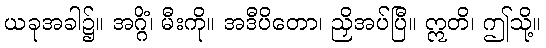
ယခုအခါ၌။ အဂ္ဂိံ၊ မီးကို။ အဒီပိတော၊ ညှိအပ်ပြီ။ ဣတိ၊ ဤသို့။